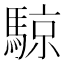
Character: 𬳮